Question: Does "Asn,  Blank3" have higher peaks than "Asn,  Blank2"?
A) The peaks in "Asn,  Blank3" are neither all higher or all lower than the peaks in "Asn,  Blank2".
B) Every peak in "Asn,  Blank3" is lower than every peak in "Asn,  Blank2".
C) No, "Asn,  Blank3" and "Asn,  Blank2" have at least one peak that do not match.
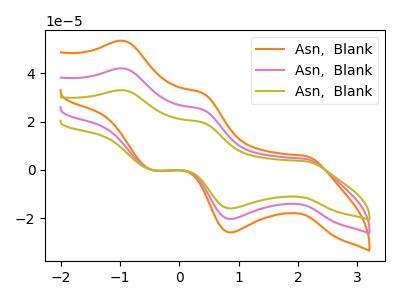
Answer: <think>The orange curve "Asn,  Blank1" has anodic peaks at (-0.95V, 84.10uA) (0.40V, 50.25uA) and cathodic peaks at (2.10V, 9.10uA) (0.85V, -40.75uA) (-0.45V, -0.30uA). The pink curve "Asn,  Blank2" has anodic peaks at (-0.95V, 42.05uA) (0.40V, 25.10uA) and cathodic peaks at (2.10V, 4.55uA) (0.85V, -20.40uA) (-0.45V, -0.15uA). The olive curve "Asn,  Blank3" has anodic peaks at (-0.95V, 33.05uA) (0.40V, 19.75uA) and cathodic peaks at (2.10V, 3.60uA) (0.85V, -16.00uA) (-0.45V, -0.10uA).</think>
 <answer>A) The peaks in "Asn,  Blank3" are neither all higher or all lower than the peaks in "Asn,  Blank2".</answer>
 <eval>A</eval>